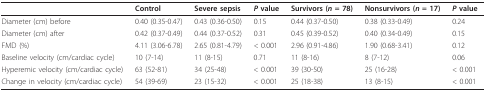
|  | Control | Severe sepsis | P value | Survivors (n = 78) | Nonsurvivors (n = 17) | P value |
 | --- | --- | --- | --- | --- | --- | --- |
 | Diameter (cm) before | 0.40 (0.35-0.47) | 0.43 (0.36-0.50) | 0.15 | 0.44 (0.37-0.50) | 0.38 (0.33-0.49) | 0.24 |
 | Diameter (cm) after | 0.42 (0.37-0.49) | 0.44 (0.37-0.52) | 0.31 | 0.45 (0.39-0.52) | 0.40 (0.34-0.49) | 0.15 |
 | FMD (%) | 4.11 (3.06-6.78) | 2.65 (0.81-4.79) | < 0.001 | 2.96 (0.91-4.86) | 1.90 (0.68-3.41) | 0.12 |
 | Baseline velocity (cm/cardiac cycle) | 10 (7-14) | 11 (8-15) | 0.71 | 11 (8-16) | 8 (7-12) | 0.06 |
 | Hyperemic velocity (cm/cardiac cycle) | 63 (52-81) | 34 (25-48) | < 0.001 | 39 (30-50) | 25 (16-28) | < 0.001 |
 | Change in velocity (cm/cardiac cycle) | 54 (39-69) | 23 (15-32) | < 0.001 | 25 (18-38) | 13 (8-15) | < 0.001 |